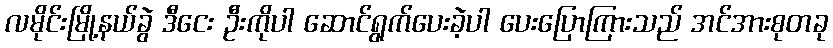
လမိုင်းမြို့နယ်ခွဲ ဒီငေး ဦးကိုပါ ဆောင်ရွက်ပေးခဲ့ပါ ပေးပြောကြားသည် အင်အားစုတခု